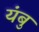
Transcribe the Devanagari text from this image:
यंबु